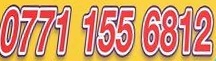
0771 155 6812